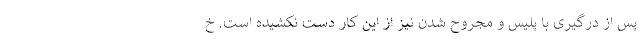
پس از درگیری با پلیس و مجروح شدن نیز از این کار دست نکشیده است. خ